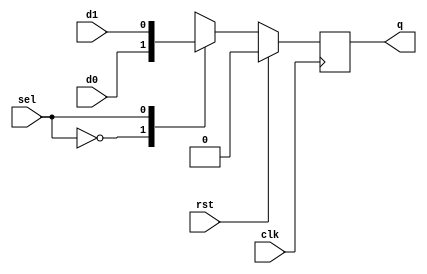
`timescale 1ns / 1ps
//////////////////////////////////////////////////////////////////////////////////
// Company: 
// Engineer: 
// 
// Design Name: 
// Module Name: 
// Project Name: 
// Target Devices: 
// Tool Versions: 
// Description: 
// 
// Dependencies: 
// 
// Revision:
// Revision 0.01 - File Created
// Additional Comments:
// 
//////////////////////////////////////////////////////////////////////////////////


module DFFusingMUX(input d1, d0, sel, clk, rst, output reg q);
reg d;

always @ (*)
    begin
        case(sel)
            0 : d = d0;
            1 : d = d1;
        endcase
    end

always @(posedge clk)
     begin
         if(rst)
             q <= 0;
         else
             q <= d;
     end
 endmodule